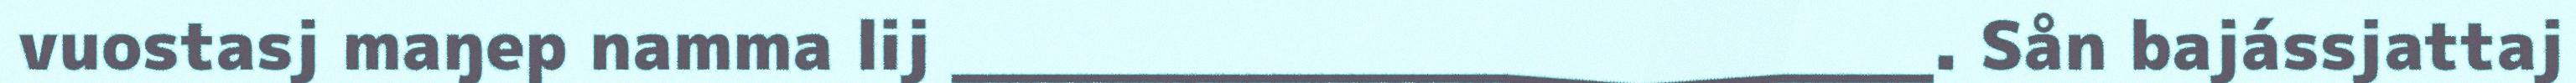
vuostasj maŋep namma lij _______________________. Sån bajássjattaj